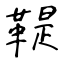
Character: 鞮